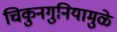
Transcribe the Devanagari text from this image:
चिकुनगुनियामुळे